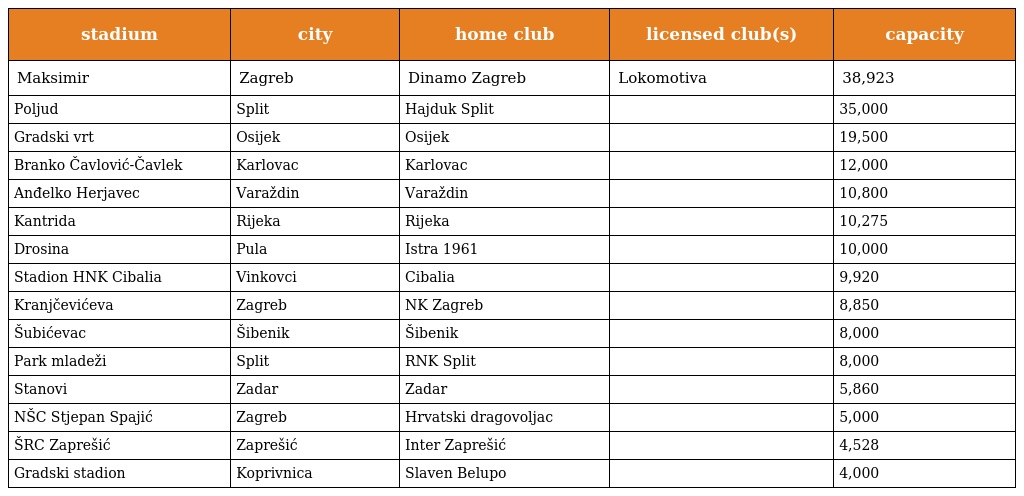
| stadium | city | home club | licensed club(s) | capacity |
 | --- | --- | --- | --- | --- |
 | Maksimir | Zagreb | Dinamo Zagreb | Lokomotiva | 38,923 |
 | Poljud | Split | Hajduk Split |  | 35,000 |
 | Gradski vrt | Osijek | Osijek |  | 19,500 |
 | Branko Čavlović-Čavlek | Karlovac | Karlovac |  | 12,000 |
 | Anđelko Herjavec | Varaždin | Varaždin |  | 10,800 |
 | Kantrida | Rijeka | Rijeka |  | 10,275 |
 | Drosina | Pula | Istra 1961 |  | 10,000 |
 | Stadion HNK Cibalia | Vinkovci | Cibalia |  | 9,920 |
 | Kranjčevićeva | Zagreb | NK Zagreb |  | 8,850 |
 | Šubićevac | Šibenik | Šibenik |  | 8,000 |
 | Park mladeži | Split | RNK Split |  | 8,000 |
 | Stanovi | Zadar | Zadar |  | 5,860 |
 | NŠC Stjepan Spajić | Zagreb | Hrvatski dragovoljac |  | 5,000 |
 | ŠRC Zaprešić | Zaprešić | Inter Zaprešić |  | 4,528 |
 | Gradski stadion | Koprivnica | Slaven Belupo |  | 4,000 |